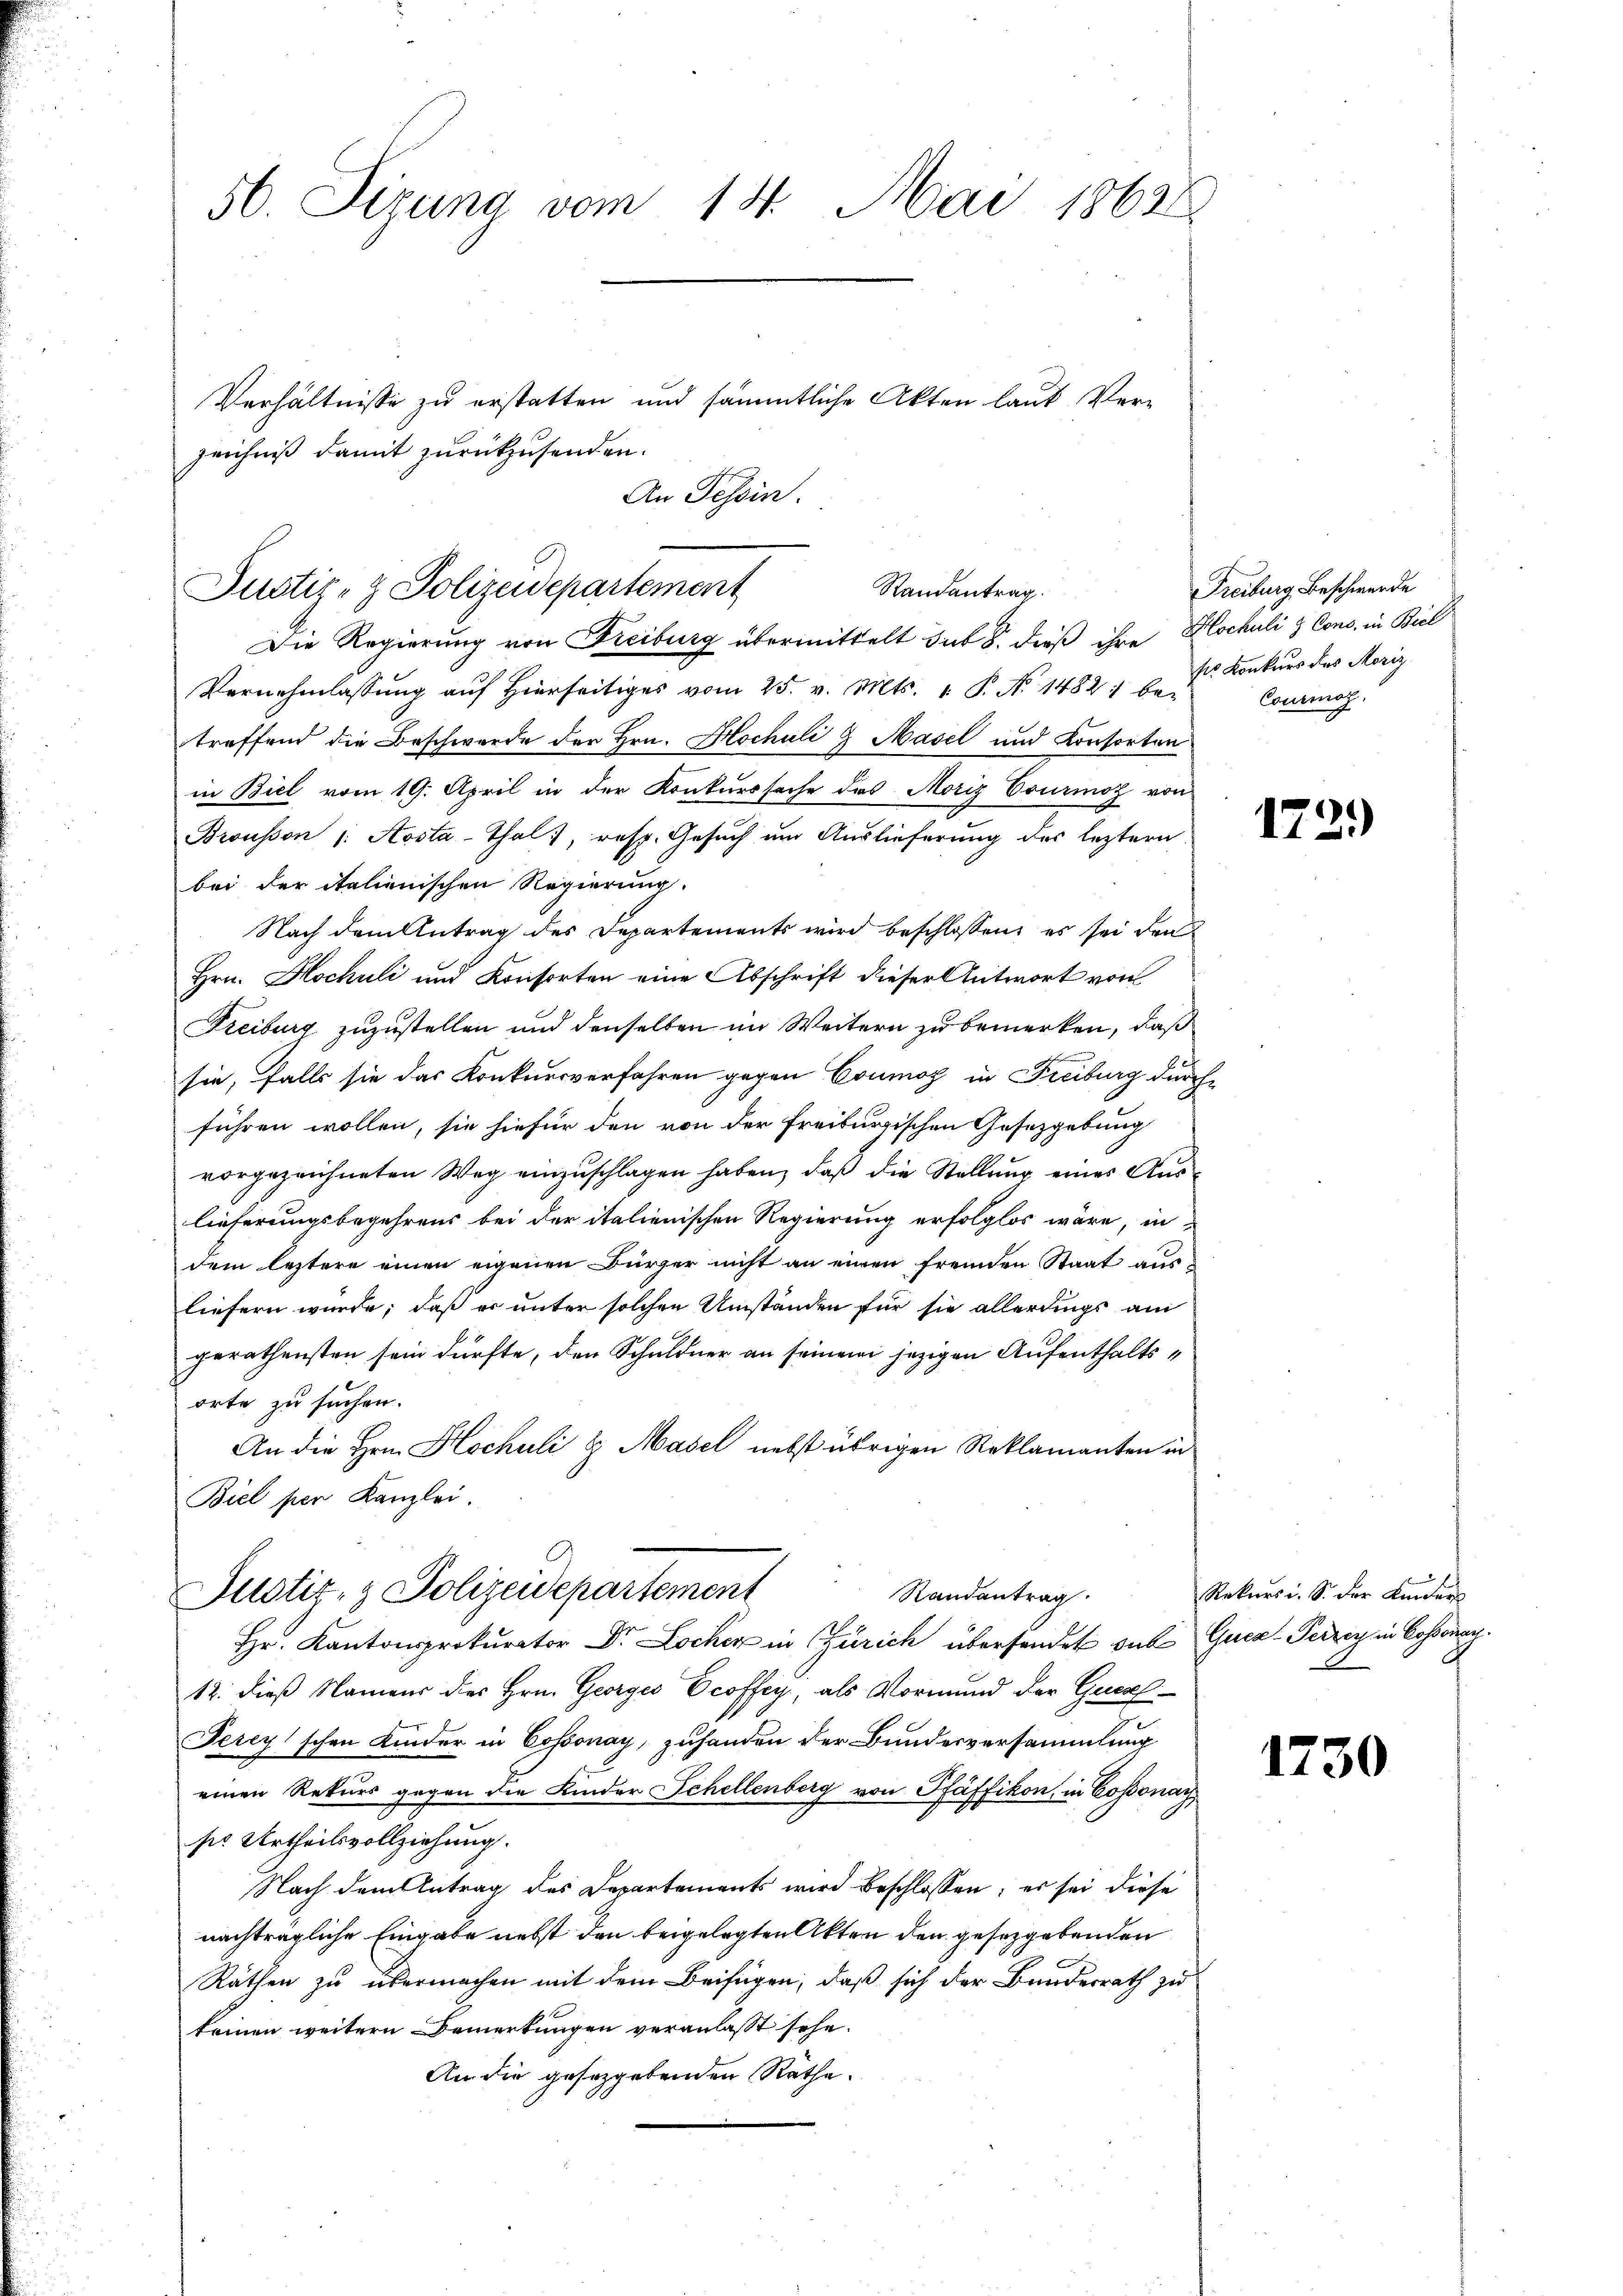
56. Sizung vom 18. Mai 18628.

Verhältnisse zu erstatten und sämmtliche Akten laut Verzeichniß damit zurückzusenden.
An Tessin.

Die Regierung von Freiburg übermittelt sub 8. dieß ihre Blochuli & Cons. in Biel
Vernehmlassung auf hierseitiges vom 25. v. Mts. 1. P. No 1482: be-
treffend die Beschwerde der Hrn. Hochuli & Masel und Konsorten
in Biel vom 19. April in der Konkurssache das Moriz Courioz von
Brousson /: Aosta-Thal, resp. Gesuch um Auslieferung des leztern
bei der italienischen Regierung.
Nach dem Antrag des Departements wird beschlossen, es sei den
Hrn. Hochuli und Konsorten eine Abschrift dieser Antwort von
Freiburg zuzustellen und denselben im Weitern zu bemerken, daß
sie, falls sie das Konkursverfahren gegen Coumoz in Freiburg durch
führen wollen, sie hiefür den von der Freiburgischen Gesetzgebung
vorgezeichneten Weg einzŭschlagen haben, daβ die Stellŭng einer Aŭs-
lieferungsbegehrens bei der italienischen Regierung erfolglos wäre, in
dem leztere einen eigenen Bürger nicht an einen fremden Staat ausliefern würde; daß er unter solchen Umständen für sie allerdings am
gerathensten sein dürfte, den Schuldner an seinem jezigen Aufenthaltsorte zu suchen.
An die Hrn. Hochuli & Masel nebst übrigen Reklamanten in
Biel per Kanzlei.
Justiz- & Polizeidepartement
Randantrag
Hr. Kantonsprokurator Dr. Locher in Zürich übersendet viel Guca: Perren in Cossonach¬
12. dieß Namens des Hrn. Georges Ecoffey, als Vormund der Gese¬
Perey schon Kinder in Cossonay, zuhanden der Bundesversammlung
einen Rekurs gegen die Kinder Schellenberg von Pfäffikon, in Cossonay
sie Urtheilsvollziehung.
Nach dem Antrag des Departements wird beschlossen; es sei diese
nachträgliche Eingabe nebst den beigelegten Akten den gesetzgebenden
Räthen zu übermachen mit dem Beifügen, daß sich der Bundesrath zu
keinen weitern Bemerkungen veranlasst sehe.
An die gesetzgebenden Räthe.

Randantrag.
Justiz- & Polizeidepartement

Freiburg, Beschwerde
sis Konkurs des Moriz
Courmoz.

1721)

Rekurs i. S. der Kinder

1730